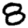
Digit: 8